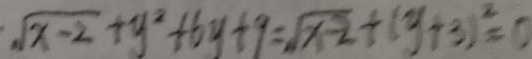
\sqrt { x - 2 } + y ^ { 2 } + 6 y + 9 = \sqrt { x - 2 } + ( y + 3 ) ^ { 2 } = 0